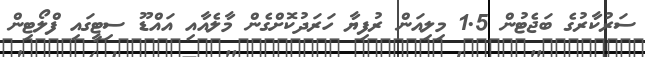
ސަރުކާރުގެ ބަޖެޓުން 1.5 މިލިއަން ރުފިޔާ ހަރަދުކޮށްގެން މާލެއާއި އައްޑޫ ސިޓީގައި ފްލޯޓިން